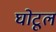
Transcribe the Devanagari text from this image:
घोटूल